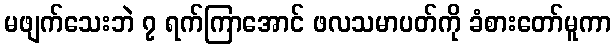
မဖျက်သေးဘဲ ၇ ရက်ကြာအောင် ဖလသမာပတ်ကို ခံစားတော်မူကာ